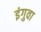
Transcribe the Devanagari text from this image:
इंगुवा